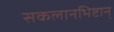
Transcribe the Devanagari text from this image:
सकलानभिष्टान्